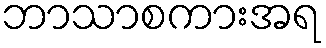
ဘာသာစကားအရ